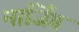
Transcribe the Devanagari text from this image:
मार्जिंग